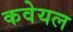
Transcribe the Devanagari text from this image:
कवेयल